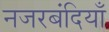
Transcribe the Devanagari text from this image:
नजरबंदियाँ